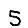
Digit: 5